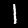
Label: 1